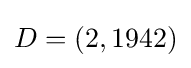
D=(2,1942)